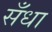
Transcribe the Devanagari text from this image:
सँधा